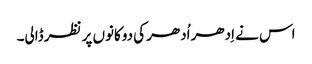
اس نے اِدھر اُدھر کی دوکانوں پر نظر ڈالی۔